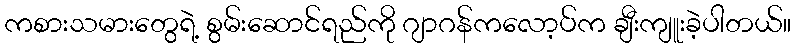
ကစားသမားတွေရဲ့ စွမ်းဆောင်ရည်ကို ဂျာဂန်ကလော့ပ်က ချီးကျူးခဲ့ပါတယ်။